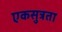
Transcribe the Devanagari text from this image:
एकसुत्रता